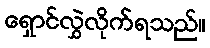
ရှောင်လွှဲလိုက်ရသည်။